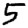
Digit: 5